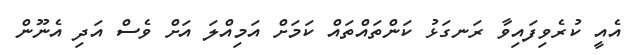
އެއީ ކުރެވިފައިވާ ރަނގަޅު ކަންތައްތައް ކަމަށް އަމިއްލަ އަށް ވެސް އަދި އެނޫން